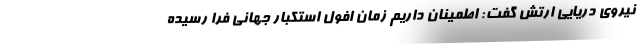
نیروی دریایی ارتش گفت: اطمینان داریم زمان افول استکبار جهانی فرا رسیده